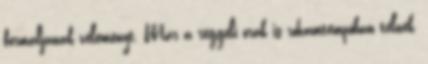
formáljanak véleményt. Már a reggeli órák is rohamtempóban telnek,